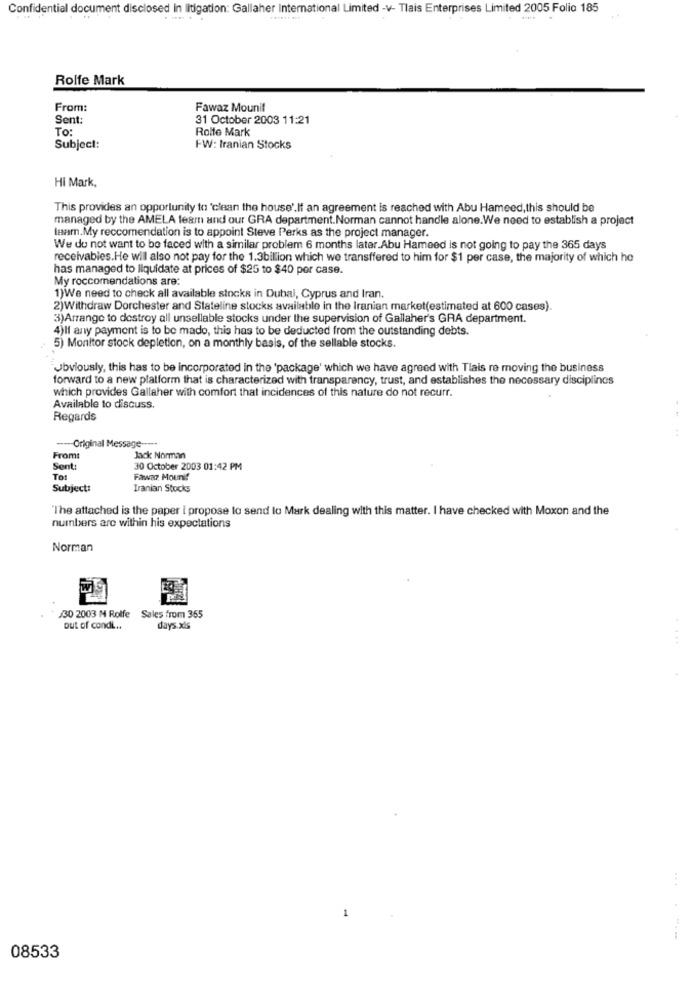
Confidential document disclosed in litigation: Gallaher International Limited -v- Tlais Enterprises Limited 2005 Folio 185
Rolfe Mark
From:
Fawaz Mounif
Sent:
31 October 2003 11:21
To:
Rolfe Mark
Subject:
FW: Iranian Stocks
Hi Mark,
This provides an opportunity to 'clean the house'.If an agreement is reached with Abu Hameed, this should be
managed by the AMELA team and our GRA department.Norman cannot handle alone.We need to establish a project
team.My reccommendation is to appoint Steve Perks as the project manager.
We do not want to be faced with a similar problem 6 months later.Abu Hameed is not going to pay the 365 days
receivables.He will also not pay for the 1.3billion which we transffered to him for $1 per case, the majority of which he
has managed to liquidate at prices of $25 to $40 por case.
My roccomandations are:
1)We need to check all available stocks in Dubai, Cyprus and Iran.
2)Withdraw Dorchester and Stateline stocks available in the Iranian market(estimated at 600 cases).
3) Arrange to destroy all unsellable stocks under the supervision of Gallaher's GRA department.
4)If any payment is to be mado, this has to be deducted from the outstanding debts.
5) Monitor stock depletion, on a monthly basis, of the sellable stocks.
Obviously, this has to be incorporated in the 'package' which we have agreed with Tlais re moving the business
forward to a new platform that is characterized with transparency, trust, and establishes the necessary disciplines
which provides Gallaher with comfort that incidences of this nature do not recurr.
Available to discuss.
Regards
---- Original Message ----.
From:
Jack Norman
Sent:
30 October 2003 01:42 PM
To:
Fawaz Mounif
Subject:
Iranian Stocks
"The attached is the paper i propose to send lo Mark dealing with this matter. I have checked with Moxon and the
numbers are within his expectations
Norman
J30 2003 M Rolfe Sales from 355
out of condi ...
days.xls
....-.-
08533